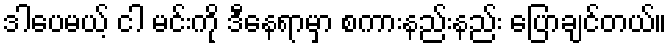
ဒါပေမယ့် ငါ မင်းကို ဒီနေရာမှာ စကားနည်းနည်း ပြောချင်တယ်။